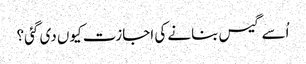
اُسے گیس بنانے کی اجازت کیوں دی گئی؟